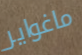
ماغواير